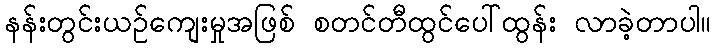
နန်းတွင်းယဉ်ကျေးမှုအဖြစ် စတင်တီထွင်ပေါ်ထွန်း လာခဲ့တာပါ။